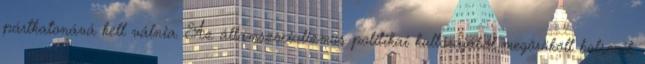
pártkatonává kell válnia. Az államszocializmus politikai kultúrájából megörökölt bolsevik